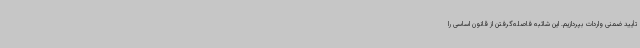
تأیید ضمنی واردات بپردازیم. این شائبه فاصله‌گرفتن از قانون اساسی را